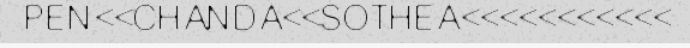
PEN<<CHANDA<<SOTHEA<<<<<<<<<<<